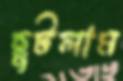
ছুটলাম